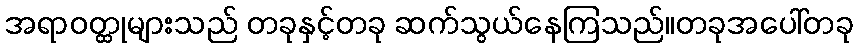
အရာဝတ္ထုများသည် တခုနှင့်တခု ဆက်သွယ်နေကြသည်။တခုအပေါ်တခု